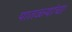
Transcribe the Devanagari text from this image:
पातळ्यांचा